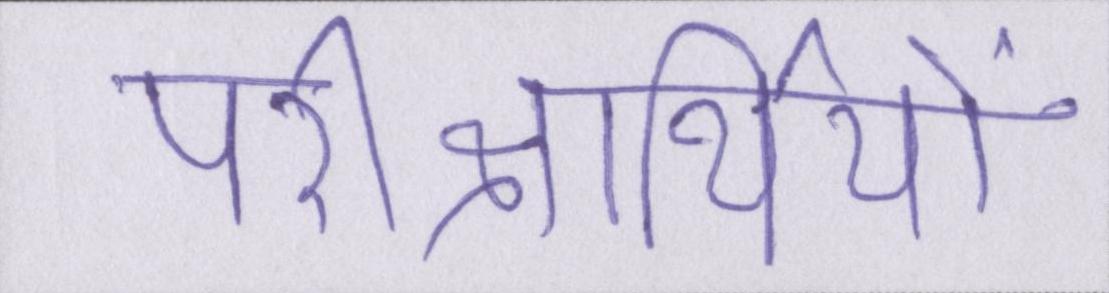
परीक्षार्थियों